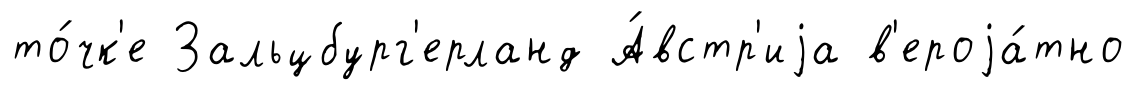
то́чк'е Зальцбург'ерланд А́встр'иjа в'ероjа́тно